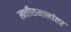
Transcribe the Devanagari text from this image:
खत्तीसमानांतर